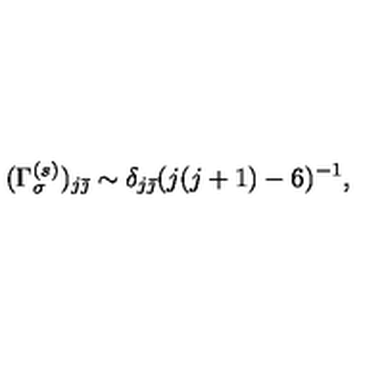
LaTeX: ( \Gamma _ { \sigma } ^ { ( s ) } ) _ { j \bar { \jmath } } \sim \delta _ { j \bar { \jmath } } ( j ( j + 1 ) - 6 ) ^ { - 1 } ,